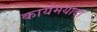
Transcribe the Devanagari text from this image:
कार्यमर्यादा